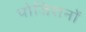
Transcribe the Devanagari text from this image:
पोजिशनों